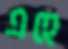
এহে